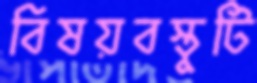
বিষয়বস্তুটি